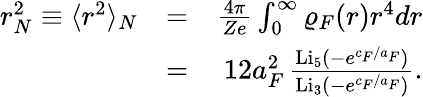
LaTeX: \begin{array}{rlr}{r_{N}^{2}\equiv\langle r^{2}\rangle_{N}}&{=}&{\frac{4\pi}{Ze}\int_{0}^{\infty}\varrho_{F}(r)r^{4}dr}\\ &{=}&{12a_{F}^{2}\, \frac{\mathrm{Li}_{5}(-e^{c_{F}/a_{F}})}{\mathrm{Li}_{3}(-e^{c_{F}/a_{F}})}.}\end{array}